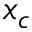
x _ { c }